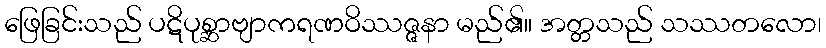
ဖြေခြင်းသည် ပဋိပုစ္ဆာဗျာကရဏဝိဿဇ္ဇနာ မည်၏။ အတ္တသည် သဿတလော၊